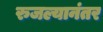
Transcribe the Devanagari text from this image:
रुजल्यानंतर